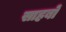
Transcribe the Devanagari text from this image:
साहबों